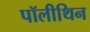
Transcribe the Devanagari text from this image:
पॉलीथिन